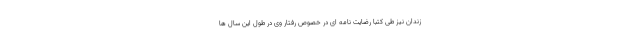
زندان نیز طی کتباً رضایت نامه ای در خصوص رفتار وی در طول این سال ها